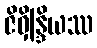
ဇိဝှိန္ဒြိယဿ